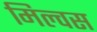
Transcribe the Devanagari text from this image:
मिल्वस